Tartu_linnavalitsus, lk 7
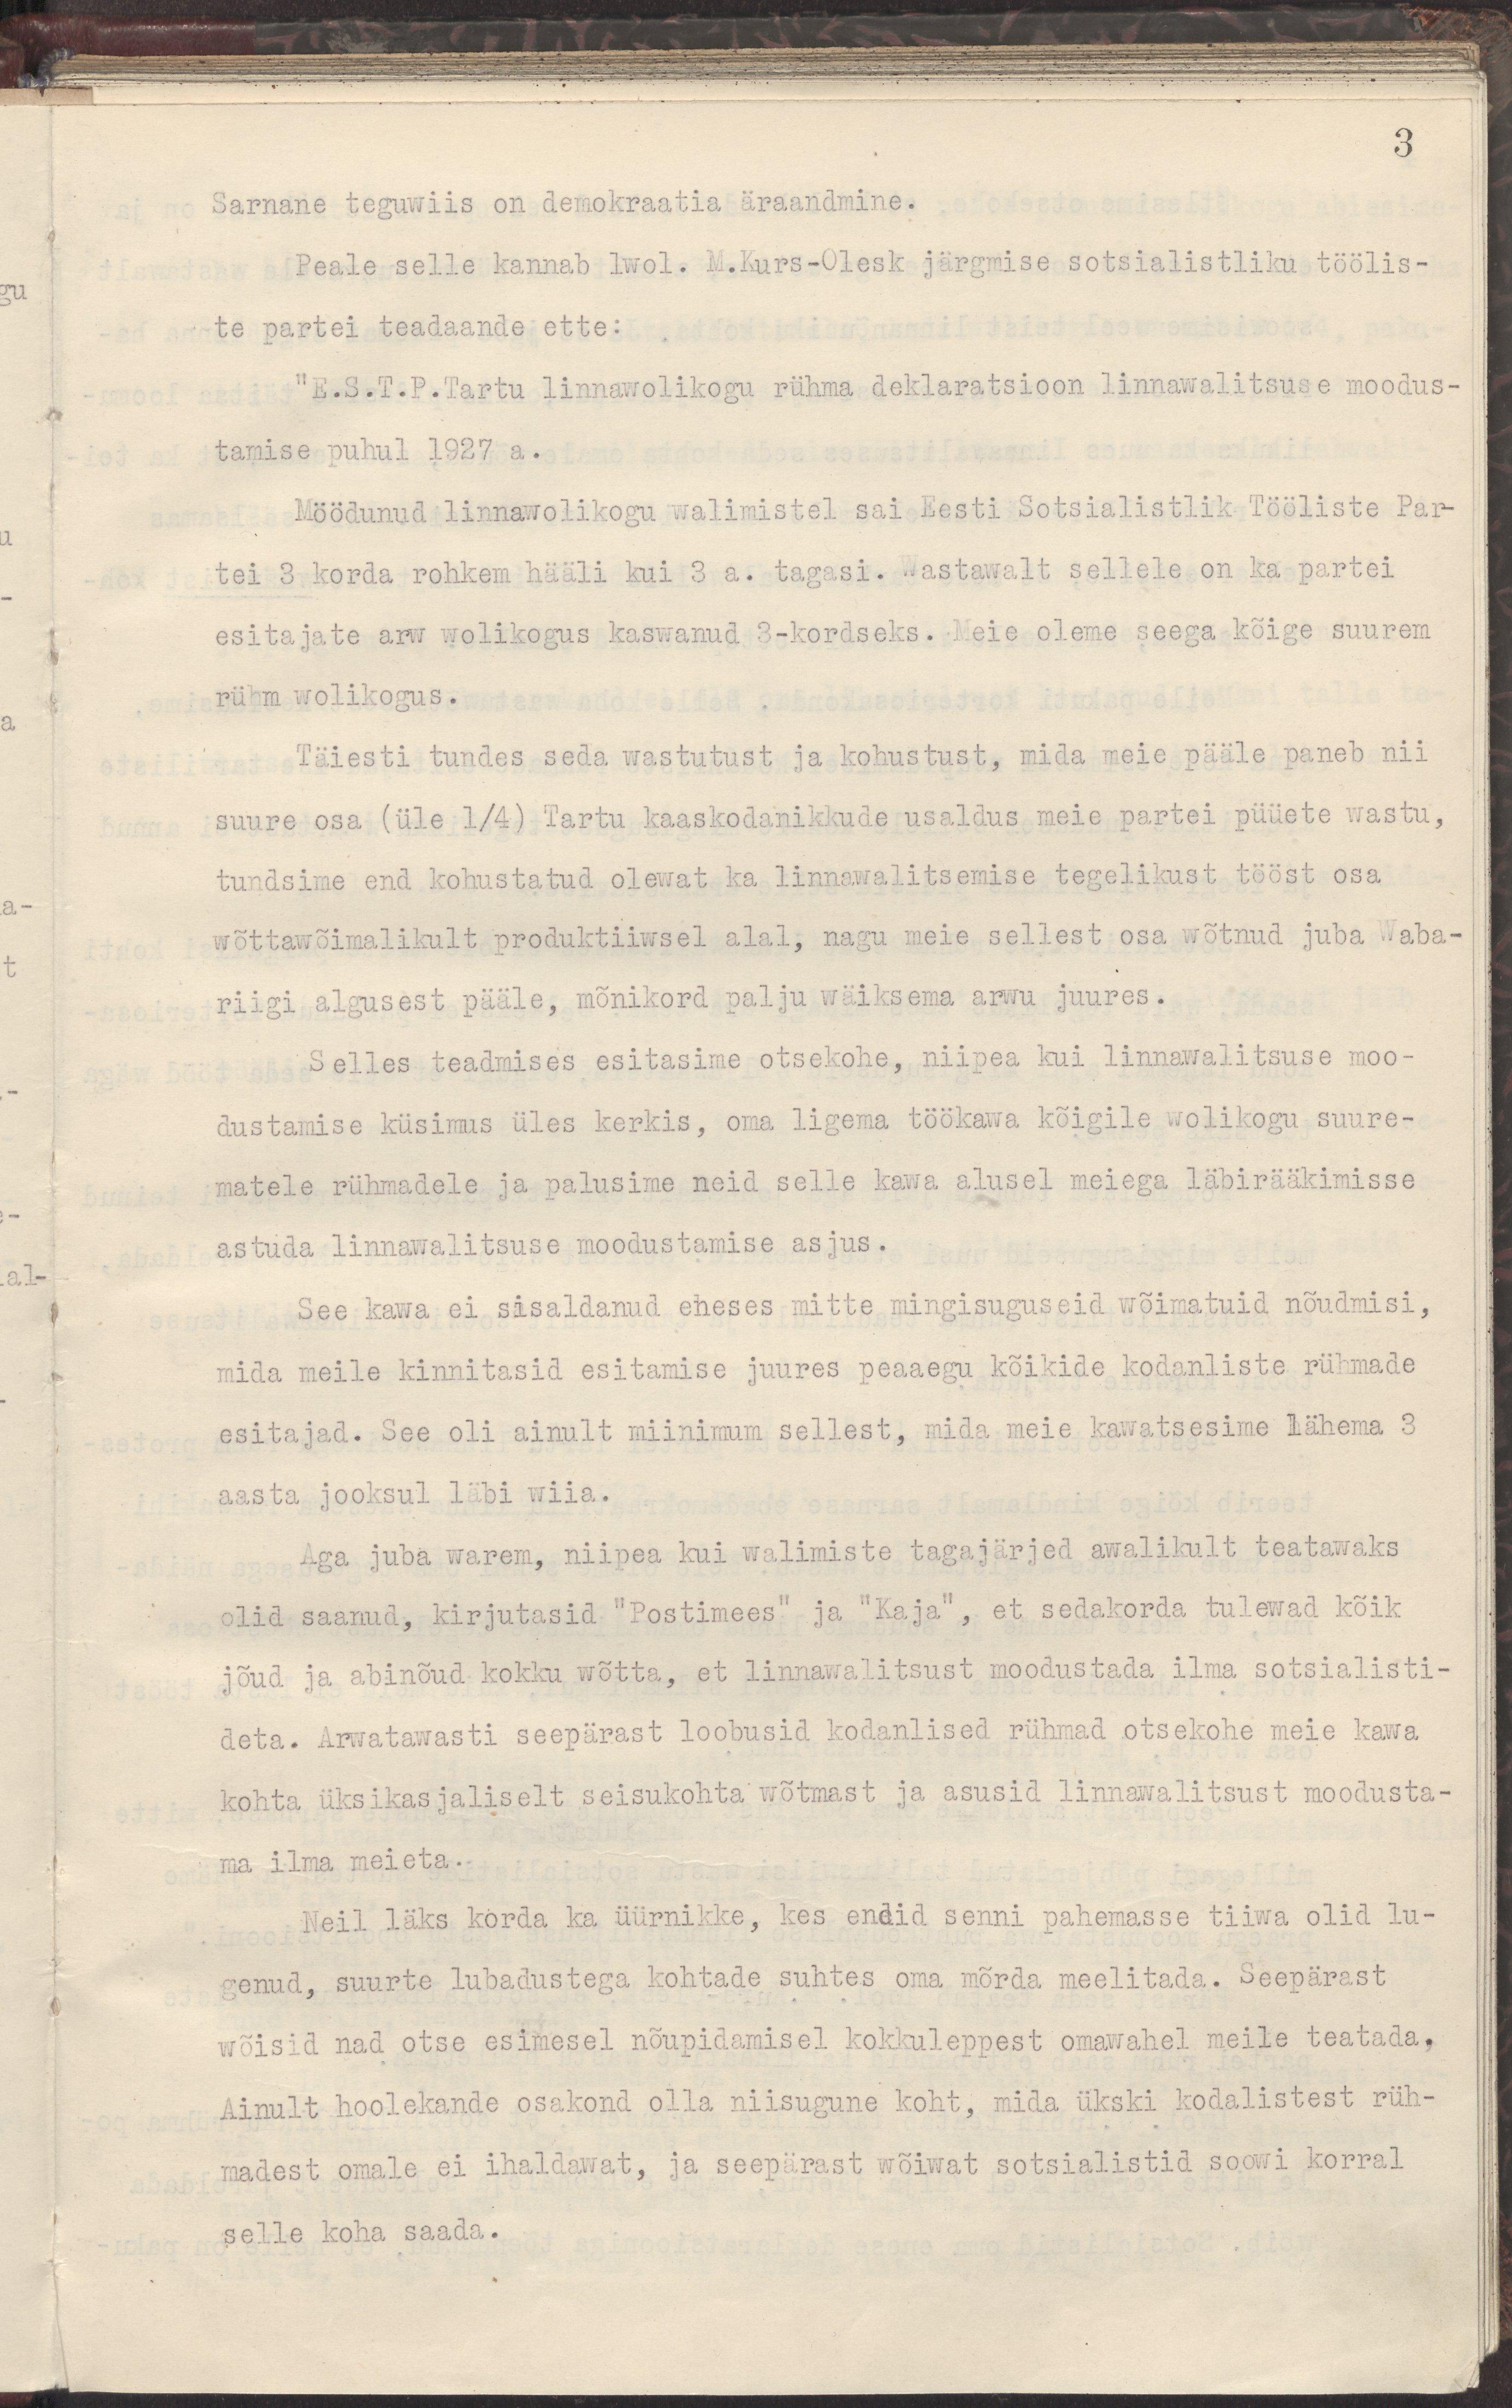
3
Sarnane teguwiis on demokraatia äraandmine.
Peale selle kannab lwol. M.Kurs-Olesk järgmise sotsialistliku töölis-
te partei teadaande ette:
" E.S.T.P.Tartu linnawolikogu rühma deklaratsioon linnawalitsuse moodus-
tamise puhul 1927 a.
Möödunud linnawolikogu walimistel sai Eesti Sotsialistlik Tööliste Par-
tei 3 korda rohkem hääli kui 3 a. tagasi. Wastawalt sellele on ka partei
esindajate arw wolikogus kaswanud 3-kordseks. Meie oleme seega kõige suurem
rühm wolikogus.
Täiesti tundes seda wastutust ja kohustust, mida meie pääle paneb nii
suure osa (üle 1/4) Tartu kaaskodanikkude usaldus meie partei püüete wastu,
tundsime end kohustatud olewat ka linnawalitsemise tegelikust tööst osa
wõttawõimalikult produktiiwsel alal, nagu meie sellest osa wõtnud juba Waba-
riigi algusest pääle, mõnikord palju wäiksema arwu juures.
Selles teadmises esitasime otsekohe, niipea kui linnawalitsuse moo-
dustamise küsimus üles kerkis, oma ligema töökawa kõigile wolikogu suure-
matele rühmadele ja palusime neid selle kawa alusel meiega läbirääkimisse
astuda linnawalitsuse moodustamise asjus.
See kawa ei sisaldanud eneses mitte mingisuguseid wõimatuid nõudmisi,
mida meile kinnitasid esitamise juures peaaegu kõikide kodanliste rühmade
esitajad. See oli ainult miinimum sellest, mida meie kawatsesime lähema 3
aasta jooksul läbi wiia.
Aga juba warem, niipea kui walimiste tagajärjed awalikult teatawaks
olid saanud, kirjutasid "Postimees" ja "Kaja", et sedakorda tulewad kõik
jõud ja abinõud kokku wõtta, et linnawalitsust moodustada ilma sotsialistli-
deta. Arwatawasti seepärast loobusid kodanlised rühmad otsekohe meie kawa
kohta üksikasjaliselt sesiukohta wõtmast ja asusid linnawalitsust moodusta-
ma ilma meieta.
Neil läks korda ka üürnikke, kes endid senni pahemasse tiiwa olid lu-
genud, suurte lubadustega kohtade suhtes oma mõrda meelitada. Seepärast
wõisid nad otse esimesel nõupidamisel kokkuleppest omawahel meile teatada.
Ainult hoolekande osakond olla niisugune koht, mida ükski kodanlistest rüh-
madest omale ei ihaldawat, ja seepärast wõiwat sotsialistid soowi korral
selle koha saada.